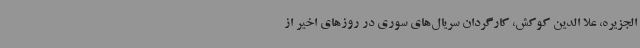
الجزیره، علا الدین کوکش، کارگردان سریال‌های سوری در روزهای اخیر از